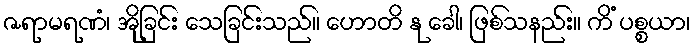
ဇရာမရဏံ၊ အိုခြင်း သေခြင်းသည်။ ဟောတိ နု ခေါ၊ ဖြစ်သနည်း။ ကိံ ပစ္စယာ၊